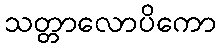
သတ္တာလောပိကော